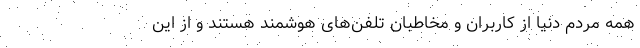
همه مردم دنیا از کاربران و مخاطبان تلفن‌های هوشمند هستند و از این